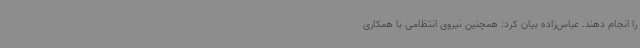
را انجام دهند. عباس‌زاده بیان کرد: همچنین نیروی انتظامی با همکاری